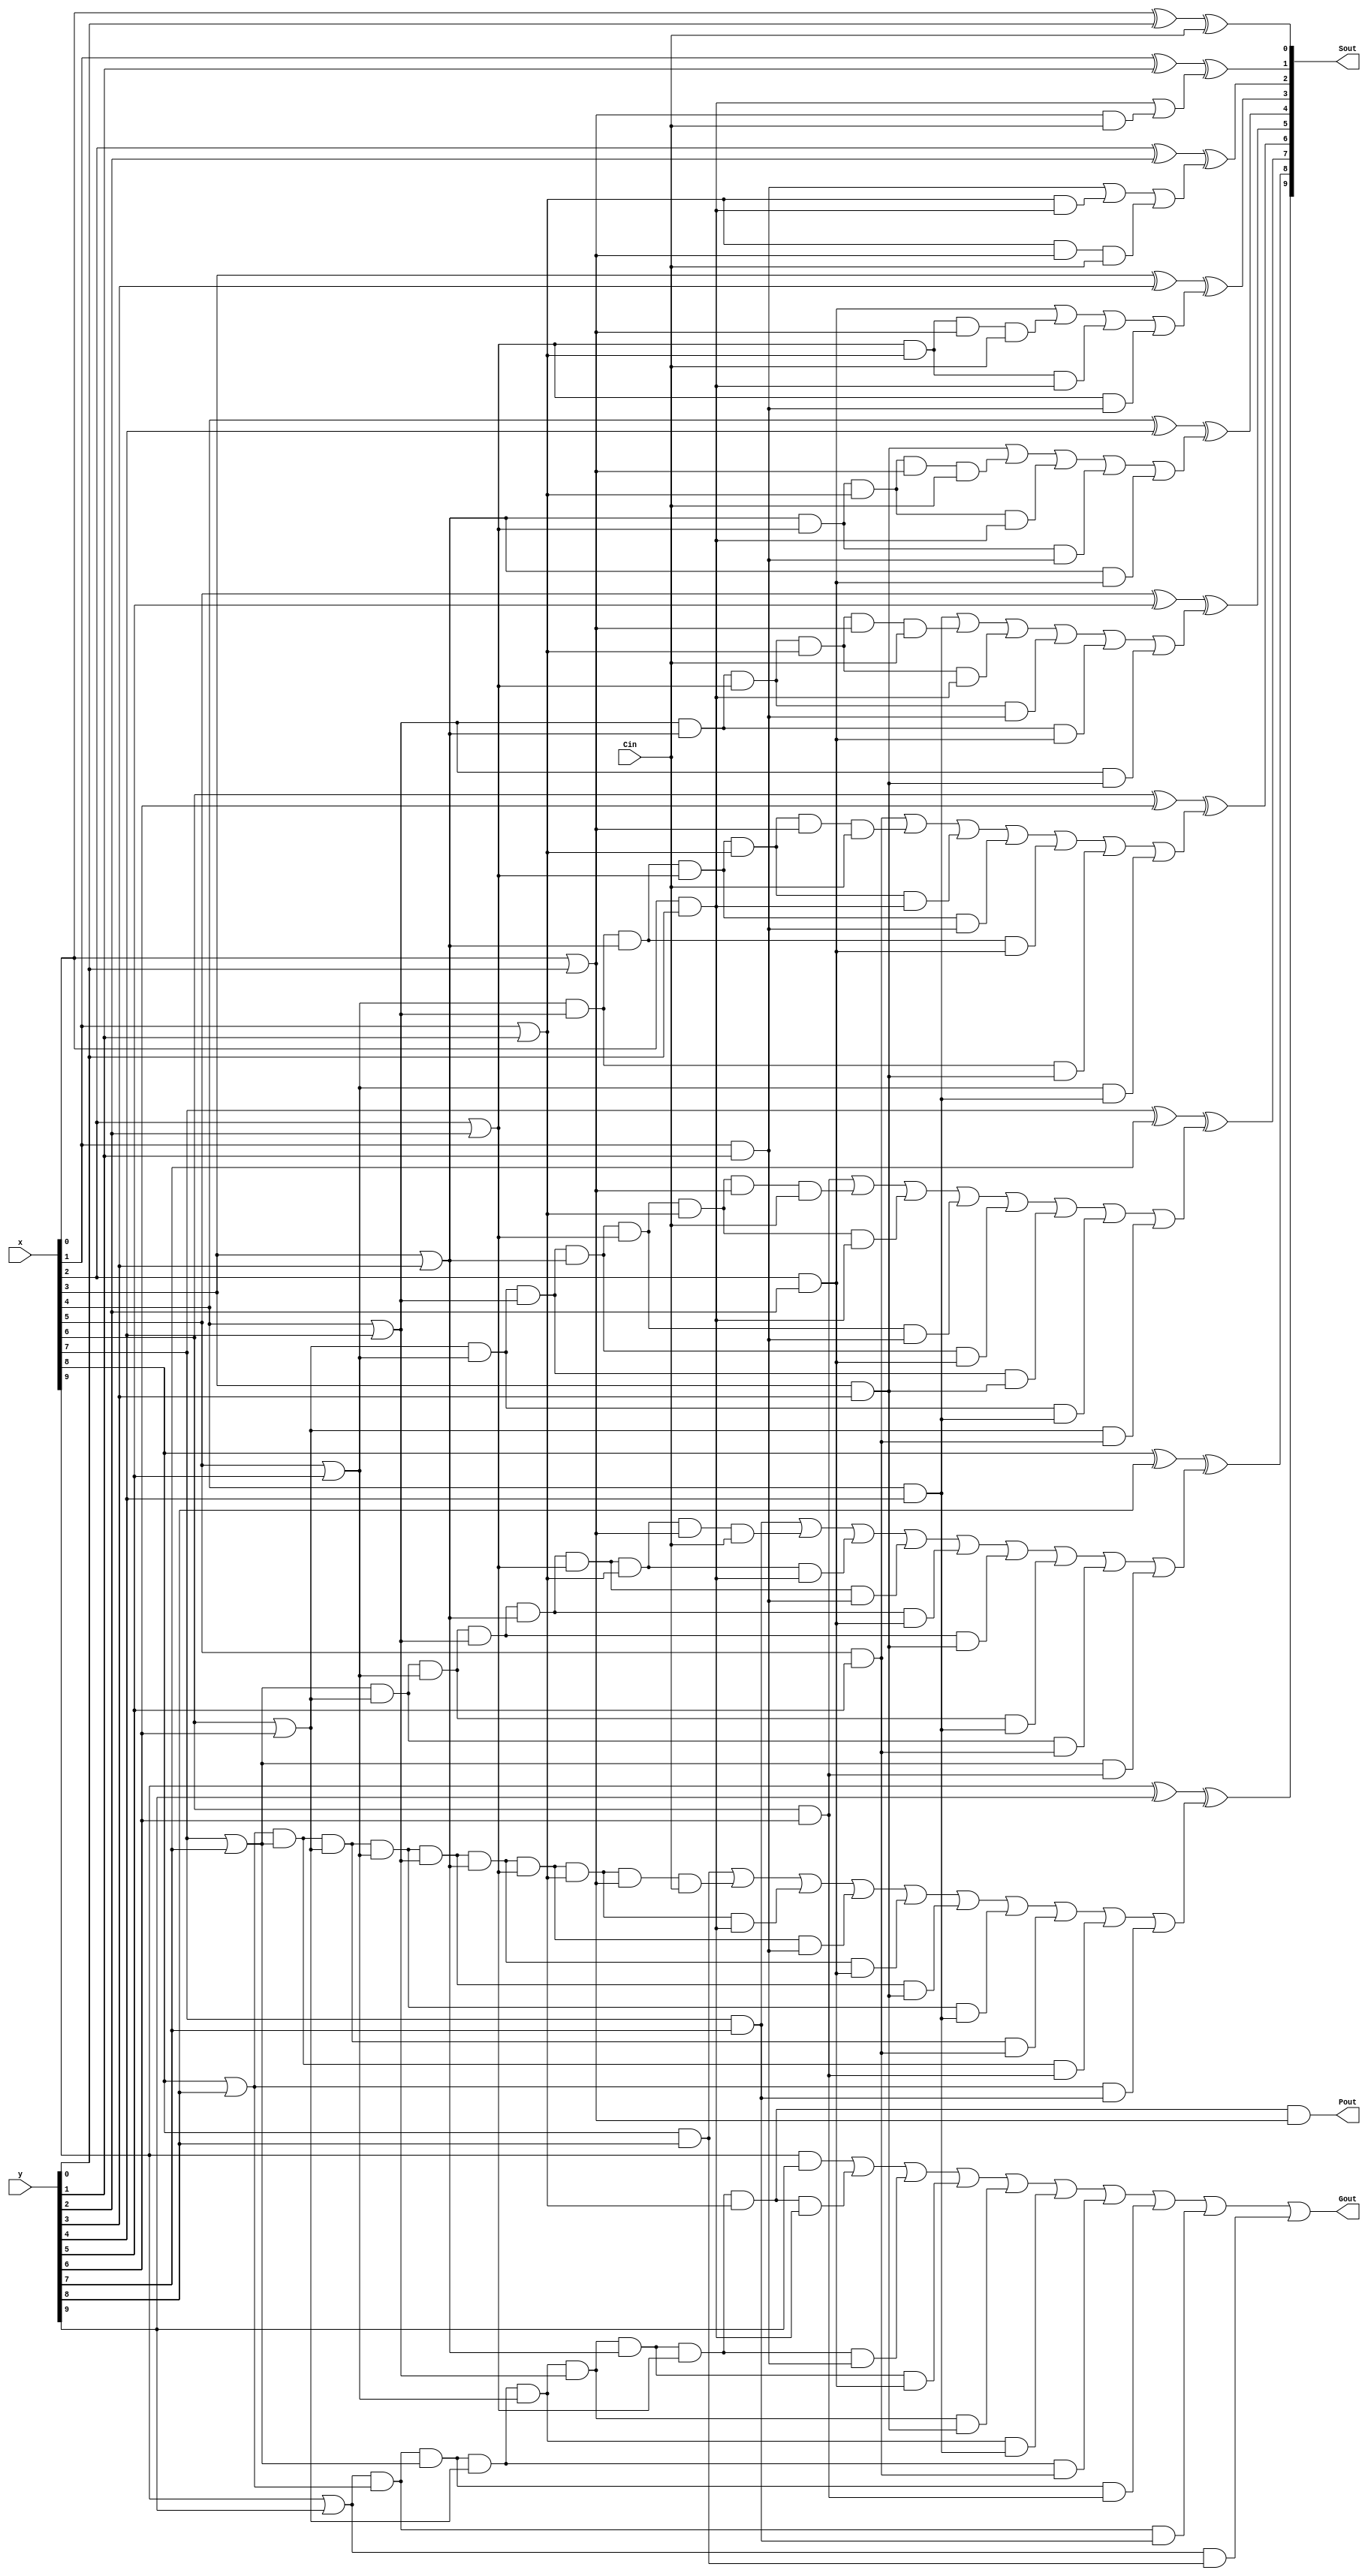
module ten_bit_block(x, y, Cin, Sout, Gout, Pout);
	input [9:0] x, y;
	input Cin;
	output [9:0] Sout;
	output Gout, Pout;
	wire p0, p1, p2, p3, p4, p5, p6, p7, p8, p9;
	or p0_or(p0, x[0], y[0]);
	or p1_or(p1, x[1], y[1]);
	or p2_or(p2, x[2], y[2]);
	or p3_or(p3, x[3], y[3]);
	or p4_or(p4, x[4], y[4]);
	or p5_or(p5, x[5], y[5]);
	or p6_or(p6, x[6], y[6]);
	or p7_or(p7, x[7], y[7]);
	or p8_or(p8, x[8], y[8]);
	or p9_or(p9, x[9], y[9]);

	
	wire g0, g1, g2, g3, g4, g5, g6, g7, g8, g9;
	and g0_and(g0, x[0], y[0]);
	and g1_and(g1, x[1], y[1]);
	and g2_and(g2, x[2], y[2]);
	and g3_and(g3, x[3], y[3]);
	and g4_and(g4, x[4], y[4]);
	and g5_and(g5, x[5], y[5]);
	and g6_and(g6, x[6], y[6]);
	and g7_and(g7, x[7], y[7]);
	and g8_and(g8, x[8], y[8]);
	and g9_and(g9, x[9], y[9]);
	
	wire c1, c2, c3, c4, c5, c6, c7, c8, c9;
	wire p0c0; 
	and p0c0_and(p0c0, p0, Cin);
	or c1_or(c1, g0, p0c0);
	
	wire p1g0;
	and p1g0_and(p1g0, p1, g0);
	wire p1p0c0;
	and p1p0c0_and(p1p0c0, p1, p0, Cin);
	or c2_or(c2, g1, p1g0, p1p0c0);
		
	wire p2g1;
	and p2g1_and(p2g1, p2, g1);
	wire p2p1g0;
	and p2p1g0_and(p2p1g0, p2, p1, g0);
	wire p2p1p0c0;
	and p2p1p0c0_and(p2p1p0c0, p2, p1, p0, Cin);
	or c3_or(c3, g2, p2p1p0c0, p2p1g0, p2g1);
	
	wire p3p2p1p0c0, p3p2p1g0, p3p2g1, p3g2;
	and p3g2_and(p3g2, p3, g2);
	and p3p2g1_and(p3p2g1, p3, p2, g1);
	and p3p2p1g0_and(p3p2p1g0, p3, p2, p1, g0);
	and p3p2p1p0c0_and(p3p2p1p0c0, p3, p2, p1, p0, Cin);
	or c4_or(c4, g3, p3p2p1p0c0, p3p2p1g0, p3p2g1, p3g2);
	
	wire p4p3p2p1p0c0, p4p3p2p1g0, p4p3p2g1, p4p3g2, p4g3;
	and p4g3_and(p4g3, p4, g3);
	and p4p3g2_and(p4p3g2, p4, p3, g2);
	and p4p3p2g1_and(p4p3p2g1, p4, p3, p2, g1);
	and p4p3p2p1g0_and(p4p3p2p1g0, p4, p3, p2, p1, g0);
	and p4p3p2p1p0c0_and(p4p3p2p1p0c0, p4, p3, p2, p1, p0, Cin);
	or c5_or(c5, g4, p4p3p2p1p0c0, p4p3p2p1g0, p4p3p2g1, p4p3g2, p4g3);
	
	wire p5p4p3p2p1p0c0, p5p4p3p2p1g0, p5p4p3p2g1, p5p4p3g2, p5p4g3, p5g4;
	and p5g4_and(p5g4, p5, g4);
	and p5p4g3_and(p5p4g3, p5, p4, g3);
	and p5p4p3g2_and(p5p4p3g2, p5, p4, p3, g2);
	and p5p4p3p2g1_and(p5p4p3p2g1, p5, p4, p3, p2, g1);
	and p5p4p3p2p1g0_and(p5p4p3p2p1g0, p5, p4, p3, p2, p1, g0);
	and p5p4p3p2p1p0c0_and(p5p4p3p2p1p0c0, p5, p4, p3, p2, p1, p0, Cin);
	or c6_or(c6, g5, p5p4p3p2p1p0c0, p5p4p3p2p1g0, p5p4p3p2g1, p5p4p3g2, p5p4g3, p5g4);
	
	wire p6p5p4p3p2p1p0c0, p6p5p4p3p2p1g0, p6p5p4p3p2g1, p6p5p4p3g2, p6p5p4g3, p6p5g4, p6g5;
	and p6g5_and(p6g5, p6, g5);
	and p6p5g4_and(p6p5g4, p6, p5, g4);
	and p6p5p4g3_and(p6p5p4g3, p6, p5, p4, g3);
	and p6p5p4p3g2_and(p6p5p4p3g2, p6, p5, p4, p3, g2);
	and p6p5p4p3p2g1_and(p6p5p4p3p2g1, p6, p5, p4, p3, p2, g1);
	and p6p5p4p3p2p1g0_and(p6p5p4p3p2p1g0, p6, p5, p4, p3, p2, p1, g0);
	and p6p5p4p3p2p1p0c0_and(p6p5p4p3p2p1p0c0, p6, p5, p4, p3, p2, p1, p0, Cin);
	or c7_or(c7, g6, p6p5p4p3p2p1p0c0, p6p5p4p3p2p1g0, p6p5p4p3p2g1, p6p5p4p3g2, p6p5p4g3, p6p5g4, p6g5);
	
	wire p7p6p5p4p3p2p1p0c0, p7p6p5p4p3p2p1g0, p7p6p5p4p3p2g1, p7p6p5p4p3g2, p7p6p5p4g3, p7p6p5g4, p7p6g5, p7g6;
	and p7g6_and(p7g6, p7, g6);
	and p7p6g5_and(p7p6g5, p7, p6, g5);
	and p7p6p5g4_and(p7p6p5g4, p7, p6, p5, g4);
	and p7p6p5p4g3_and(p7p6p5p4g3, p7, p6, p5, p4, g3);
	and p7p6p5p4p3g2_and(p7p6p5p4p3g2, p7, p6, p5, p4, p3, g2);
	and p7p6p5p4p3p2g1_and(p7p6p5p4p3p2g1, p7, p6, p5, p4, p3, p2, g1);
	and p7p6p5p4p3p2p1g0_and(p7p6p5p4p3p2p1g0, p7, p6, p5, p4, p3, p2, p1, g0);
	and p7p6p5p4p3p2p1p0c0_and(p7p6p5p4p3p2p1p0c0, p7, p6, p5, p4, p3, p2, p1, p0, Cin);
	or c8_or(c8, g7, p7p6p5p4p3p2p1p0c0, p7p6p5p4p3p2p1g0, p7p6p5p4p3p2g1, p7p6p5p4p3g2, p7p6p5p4g3, p7p6p5g4, p7p6g5, p7g6);
	
	wire p8p7p6p5p4p3p2p1p0c0, p8p7p6p5p4p3p2p1g0, p8p7p6p5p4p3p2g1, p8p7p6p5p4p3g2, p8p7p6p5p4g3, p8p7p6p5g4, p8p7p6g5, p8p7g6, p8g7;
	and p8g7_and(p8g7, p8, g7);
	and p8p7g6_and(p8p7g6, p8, p7, g6);
	and p8p7p6g5_and(p8p7p6g5, p8, p7, p6, g5);
	and p8p7p6p5g4_and(p8p7p6p5g4, p8, p7, p6, p5, g4);
	and p8p7p6p5p4g3_and(p8p7p6p5p4g3, p8, p7, p6, p5, p4, g3);
	and p8p7p6p5p4p3g2_and(p8p7p6p5p4p3g2, p8, p7, p6, p5, p4, p3, g2);
	and p8p7p6p5p4p3p2g1_and(p8p7p6p5p4p3p2g1, p8, p7, p6, p5, p4, p3, p2, g1);
	and p8p7p6p5p4p3p2p1g0_and(p8p7p6p5p4p3p2p1g0, p8, p7, p6, p5, p4, p3, p2, p1, g0);
	and p8p7p6p5p4p3p2p1p0c0_and(p8p7p6p5p4p3p2p1p0c0, p8, p7, p6, p5, p4, p3, p2, p1, p0, Cin);
	or c9_or(c9, g8, p8p7p6p5p4p3p2p1p0c0, p8p7p6p5p4p3p2p1g0, p8p7p6p5p4p3p2g1, p8p7p6p5p4p3g2, p8p7p6p5p4g3, p8p7p6p5g4, p8p7p6g5, p8p7g6, p8g7);
	
	wire p9p8p7p6p5p4p3p2p1g0, p9p8p7p6p5p4p3p2g1, p9p8p7p6p5p4p3g2, p9p8p7p6p5p4g3, p9p8p7p6p5g4, p9p8p7p6g5, p9p8p7g6, p9p8g7, p9g8;
	and p9g8_and(p9g8, p9, g8);
	and p9p8g7_and(p9p8g7, p9, p8, g7);
	and p9p8p7g6_and(p9p8p7g6, p9, p8, p7, g6);
	and p9p8p7p6g5_and(p9p8p7p6g5, p9, p8, p7, p6, g5);
	and p9p8p7p6p5g4_and(p9p8p7p6p5g4, p9, p8, p7, p6, p5, g4);
	and p9p8p7p6p5p4g3_and(p9p8p7p6p5p4g3, p9, p8, p7, p6, p5, p4, g3);
	and p9p8p7p6p5p4p3g2_and(p9p8p7p6p5p4p3g2, p9, p8, p7, p6, p5, p4, p3, g2);
	and p9p8p7p6p5p4p3p2g1_and(p9p8p7p6p5p4p3p2g1, p9, p8, p7, p6, p5, p4, p3, p2, g1);
	and p9p8p7p6p5p4p3p2p1g0_and(p9p8p7p6p5p4p3p2p1g0, p9, p8, p7, p6, p5, p4, p3, p2, p1, g0);
	or Gout_or(Gout, g9, p9p8p7p6p5p4p3p2p1g0, p9p8p7p6p5p4p3p2g1, p9p8p7p6p5p4p3g2, p9p8p7p6p5p4g3, p9p8p7p6p5g4, p9p8p7p6g5, p9p8p7g6, p9p8g7, p9g8);
	
	xor Sout0_xor(Sout[0], x[0], y[0], Cin);
	xor Sout1_xor(Sout[1], x[1], y[1], c1);
	xor Sout2_xor(Sout[2], x[2], y[2], c2);
	xor Sout3_xor(Sout[3], x[3], y[3], c3);
	xor Sout4_xor(Sout[4], x[4], y[4], c4);
	xor Sout5_xor(Sout[5], x[5], y[5], c5);
	xor Sout6_xor(Sout[6], x[6], y[6], c6);
	xor Sout7_xor(Sout[7], x[7], y[7], c7);
	xor Sout8_xor(Sout[8], x[8], y[8], c8);
	xor Sout9_xor(Sout[9], x[9], y[9], c9);
	
	and Pout_and(Pout, p9, p8, p7, p6, p5, p4, p3, p2, p1, p0);
	
endmodule